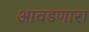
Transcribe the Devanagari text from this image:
आवडणारा